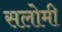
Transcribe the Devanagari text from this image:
सलोमी